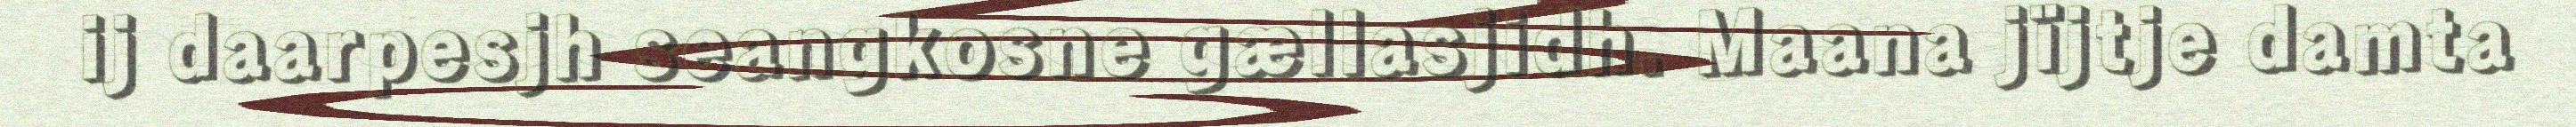
ij daarpesjh seangkosne gællasjidh. Maana jïjtje damta